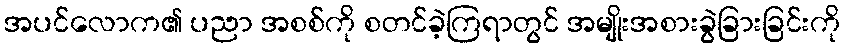
အပင်လောက၏ ပညာ အစစ်ကို စတင်ခဲ့ကြရာတွင် အမျိုးအစားခွဲခြားခြင်းကို